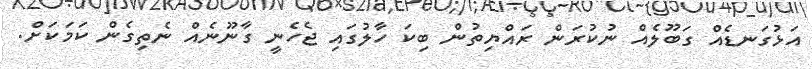
އަޅުގަނޑެއް ގަބޫލެއް ނުކުރަން ރައްޔިތުން ބިކަ ހާލުގައި ޖެހެނީ ގާނޫނެއް ނެތިގެން ކަމަކަށް.